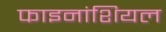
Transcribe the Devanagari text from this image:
फाइनांशियल